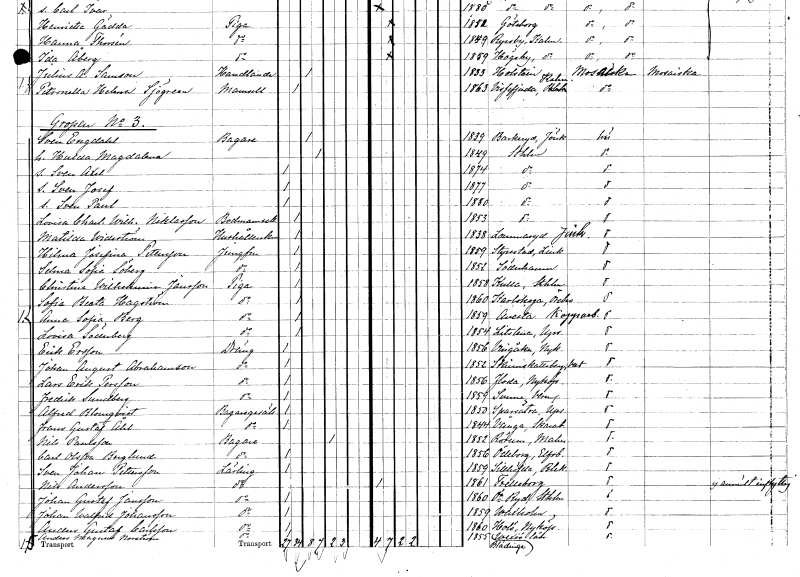
gt_parse: households: individuals: FN: Sven
EN: Engdahl
YRKE: Bagare
KON: M
CIV: G
FODAR: 1839
FODFORS: Barkeryd Jönköpings län
FN: Hulda Magdalena
KON: K
CIV: G
FODAR: 1849
FODFORS: Stockholm
FN: Sven Axel
KON: M
CIV: O
FODAR: 1874
FODFORS: Stockholm
FN: Sven Josef
KON: M
CIV: O
FODAR: 1877
FODFORS: Stockholm
FN: Sven Paul
KON: M
CIV: O
FODAR: 1880
FODFORS: Stockholm
FN: Lovisa Charlotta Wilhelmina
EN: Niklasson
YRKE: Bodmamsell
KON: K
CIV: O
FODAR: 1853
FODFORS: Stockholm
FN: Matilda
EN: Widström
YRKE: Hushållerska
KON: K
CIV: O
FODAR: 1838
FODFORS: Lommaryd Jönköpings län
FN: Hilma Josefina
EN: Pettersson
YRKE: Jungfru
KON: K
CIV: O
FODAR: 1859
FODFORS: Styrstad Östergötlands län
FN: Selma Sofia
EN: Söberg
YRKE: Jungfru
KON: K
CIV: O
FODAR: 1852
FODFORS: Söderhamn Gävleborgs län
FN: Christina Wilhelmina
EN: Jansson
YRKE: Piga
KON: K
CIV: O
FODAR: 1858
FODFORS: Roslags-Kulla Stockholms län
FN: Sofia Beata
EN: Hagström
YRKE: Piga
KON: K
CIV: O
FODAR: 1860
FODFORS: Karlskoga Örebro län
FN: Anna Sofia
EN: Berg
YRKE: Piga
KON: K
CIV: O
FODAR: 1859
FODFORS: Avesta Kopparbergs län
FN: Lovisa
EN: Söderberg
YRKE: Piga
KON: K
CIV: O
FODAR: 1854
FODFORS: Litslena Uppsala län
FN: Erik
EN: Ersson
YRKE: Dräng
KON: M
CIV: O
FODAR: 1856
FODFORS: Vingåker Södermanlands län
FN: Johan August
EN: Abrahamsson
YRKE: Dräng
KON: M
CIV: O
FODAR: 1852
FODFORS: Skinnskatteberg Västmanlands län
FN: Lars Erik
EN: Persson
YRKE: Dräng
KON: M
CIV: O
FODAR: 1856
FODFORS: Floda Kopparbergs län
FN: Fredrik
EN: Sundberg
YRKE: Dräng
KON: M
CIV: O
FODAR: 1859
FODFORS: Sunne Värmlands län
FN: Alfred
EN: Blomqvist
YRKE: Bagaregesäll
KON: M
CIV: O
FODAR: 1850
FODFORS: Sparrsätra Uppsala län
FN: Frans Gustaf
EN: Åhl
YRKE: Bagaregesäll
KON: M
CIV: O
FODAR: 1844
FODFORS: Norra Vånga Skaraborgs län
FN: Nils
EN: Paulsson
YRKE: Bagare
KON: M
CIV: E
FODAR: 1852
FODFORS: Södra Rörum Malmöhus län
FN: Carl
EN: Olsson Berglund
YRKE: Bagare
KON: M
CIV: O
FODAR: 1856
FODFORS: Ödeborg Älvsborgs län
FN: Sven Johan
EN: Pettersson
YRKE: Lärling
KON: M
CIV: O
FODAR: 1859
FODFORS: Sillhövda Blekinge län
FN: Nils
EN: Andersson
YRKE: Lärling
KON: M
CIV: O
FODAR: 1861
FODFORS: Trelleborg Malmöhus län
FN: Johan Gustaf
EN: Jansson
YRKE: Lärling
KON: M
CIV: O
FODAR: 1860
FODFORS: Östra Ryd Stockholms län
FN: Johan Walfrid
EN: Johansson
YRKE: Lärling
KON: M
CIV: O
FODAR: 1859
FODFORS: Vaxholm Stockholms län
FN: Anders Gustaf
EN: Carlsson
YRKE: Lärling
KON: M
CIV: O
FODAR: 1860
FODFORS: Hölö Stockholms län
FN: Anders Magnus
EN: Norström
YRKE: Lärling
KON: M
CIV: O
FODAR: 1855
FODFORS: Blädinge Kronobergs län